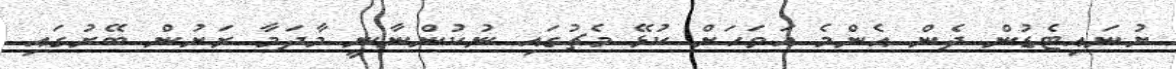
ޔުނައިޓެޑުން ދެން އެންމެ އަވަހަށް ކުޅޭ މެޗުގައި ނުކުންނާނީ މާދަމާ ރަށުން ބޭރުގައި